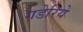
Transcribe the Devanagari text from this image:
गडेरिये